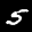
Label: 5